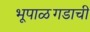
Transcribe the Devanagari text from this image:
भूपाळगडाची